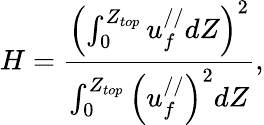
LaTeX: H=\frac{\left(\int_{0}^{Z_{top}}u_{f}^{//}dZ\right)^{2}}{\int_{0}^{Z_{top}}\left(u_{f}^{//}\right)^{2}dZ},